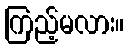
ကြည့်မလား။